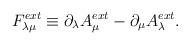
LaTeX: \begin{align*}F_{{\lambda}{\mu}}^{ext} \equiv {\partial}_{\lambda} A_{\mu}^{ext}- {\partial}_{\mu} A_{\lambda}^{ext}.\end{align*}